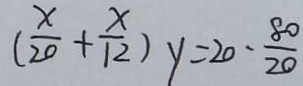
( \frac { x } { 2 0 } + \frac { x } { 1 2 } ) y = 2 0 - \frac { 8 0 } { 2 0 }